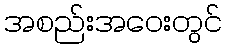
အစည်းအဝေးတွင်